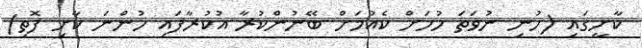
ކާށީގައި (ހުނި ނުވަތަ ހުހަށް ކެއުމަށް ބޭނުންކުރާ އުކުރާފައި ހުންނަ ކާށި ފޮތި)